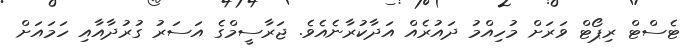
ޓެސްޓް ރިޕޯޓް ވަރަށް މުހިއްމު ދައުރެއް އަދާކުރާނެއެވެ. ޖަރާސީމްގެ އަސަރު ގުރުދާއާއި ހަމައަށް